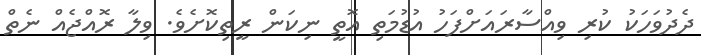
ދެދުވަހަކު ކުރި ވިއްސާރައަށްފަހު އުޑުމަތި އޮތީ ނިކަން ރީތިކޮށެވެ. ވިލާ ރޮއްޖެއް ނެތް